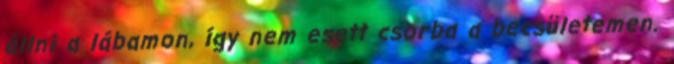
állni a lábamon, így nem esett csorba a becsületemen.